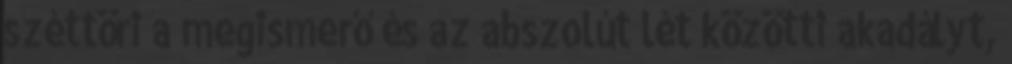
széttöri a megismerő és az abszolút lét közötti akadályt,